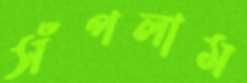
সঁপলাম